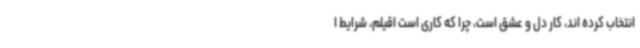
انتخاب کرده اند، کار دل و عشق است، چرا که کاری است اقیلم، شرایط ا